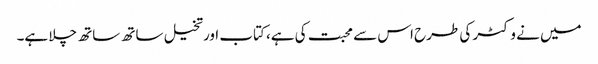
میں نے وکٹر کی طرح اس سے محبت کی ہے، کتاب اورتخیل ساتھ ساتھ چلا ہے۔